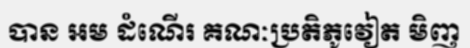
បាន អម ដំណើរ គណៈប្រតិភូវៀត មិញ